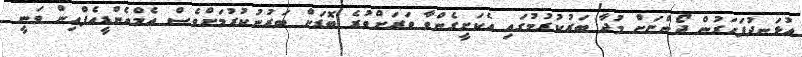
އުޅަނދުފަހަރުން ދޯންޏަށް މުދާ ބަރުކުރުމުގައި އެކަށީގެންވާ ވަރަށްވުރެ ބޮޑަށް ބަރުނުކުރުމަށްވެސް އެމްއެންޑީއެފްއިން ވަނީ